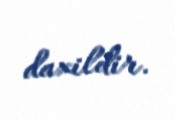
daxildir.